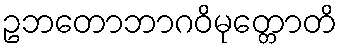
ဥဘတောဘာဂဝိမုတ္တောတိ